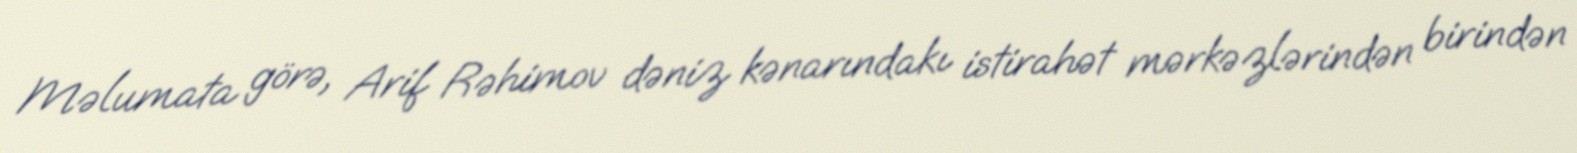
Məlumata görə, Arif Rəhimov dəniz kənarındakı istirahət mərkəzlərindən birindən